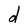
Character: d